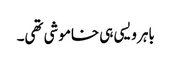
باہر ویسی ہی خاموشی تھی۔